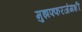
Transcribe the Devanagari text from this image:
मुझफ्फरजंगशी